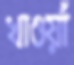
খাওয়াঁ